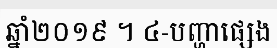
ឆ្នាំ២០១៩ ។ ៤-បញ្ហាផ្សេង